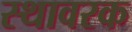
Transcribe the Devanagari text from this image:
स्थावरक